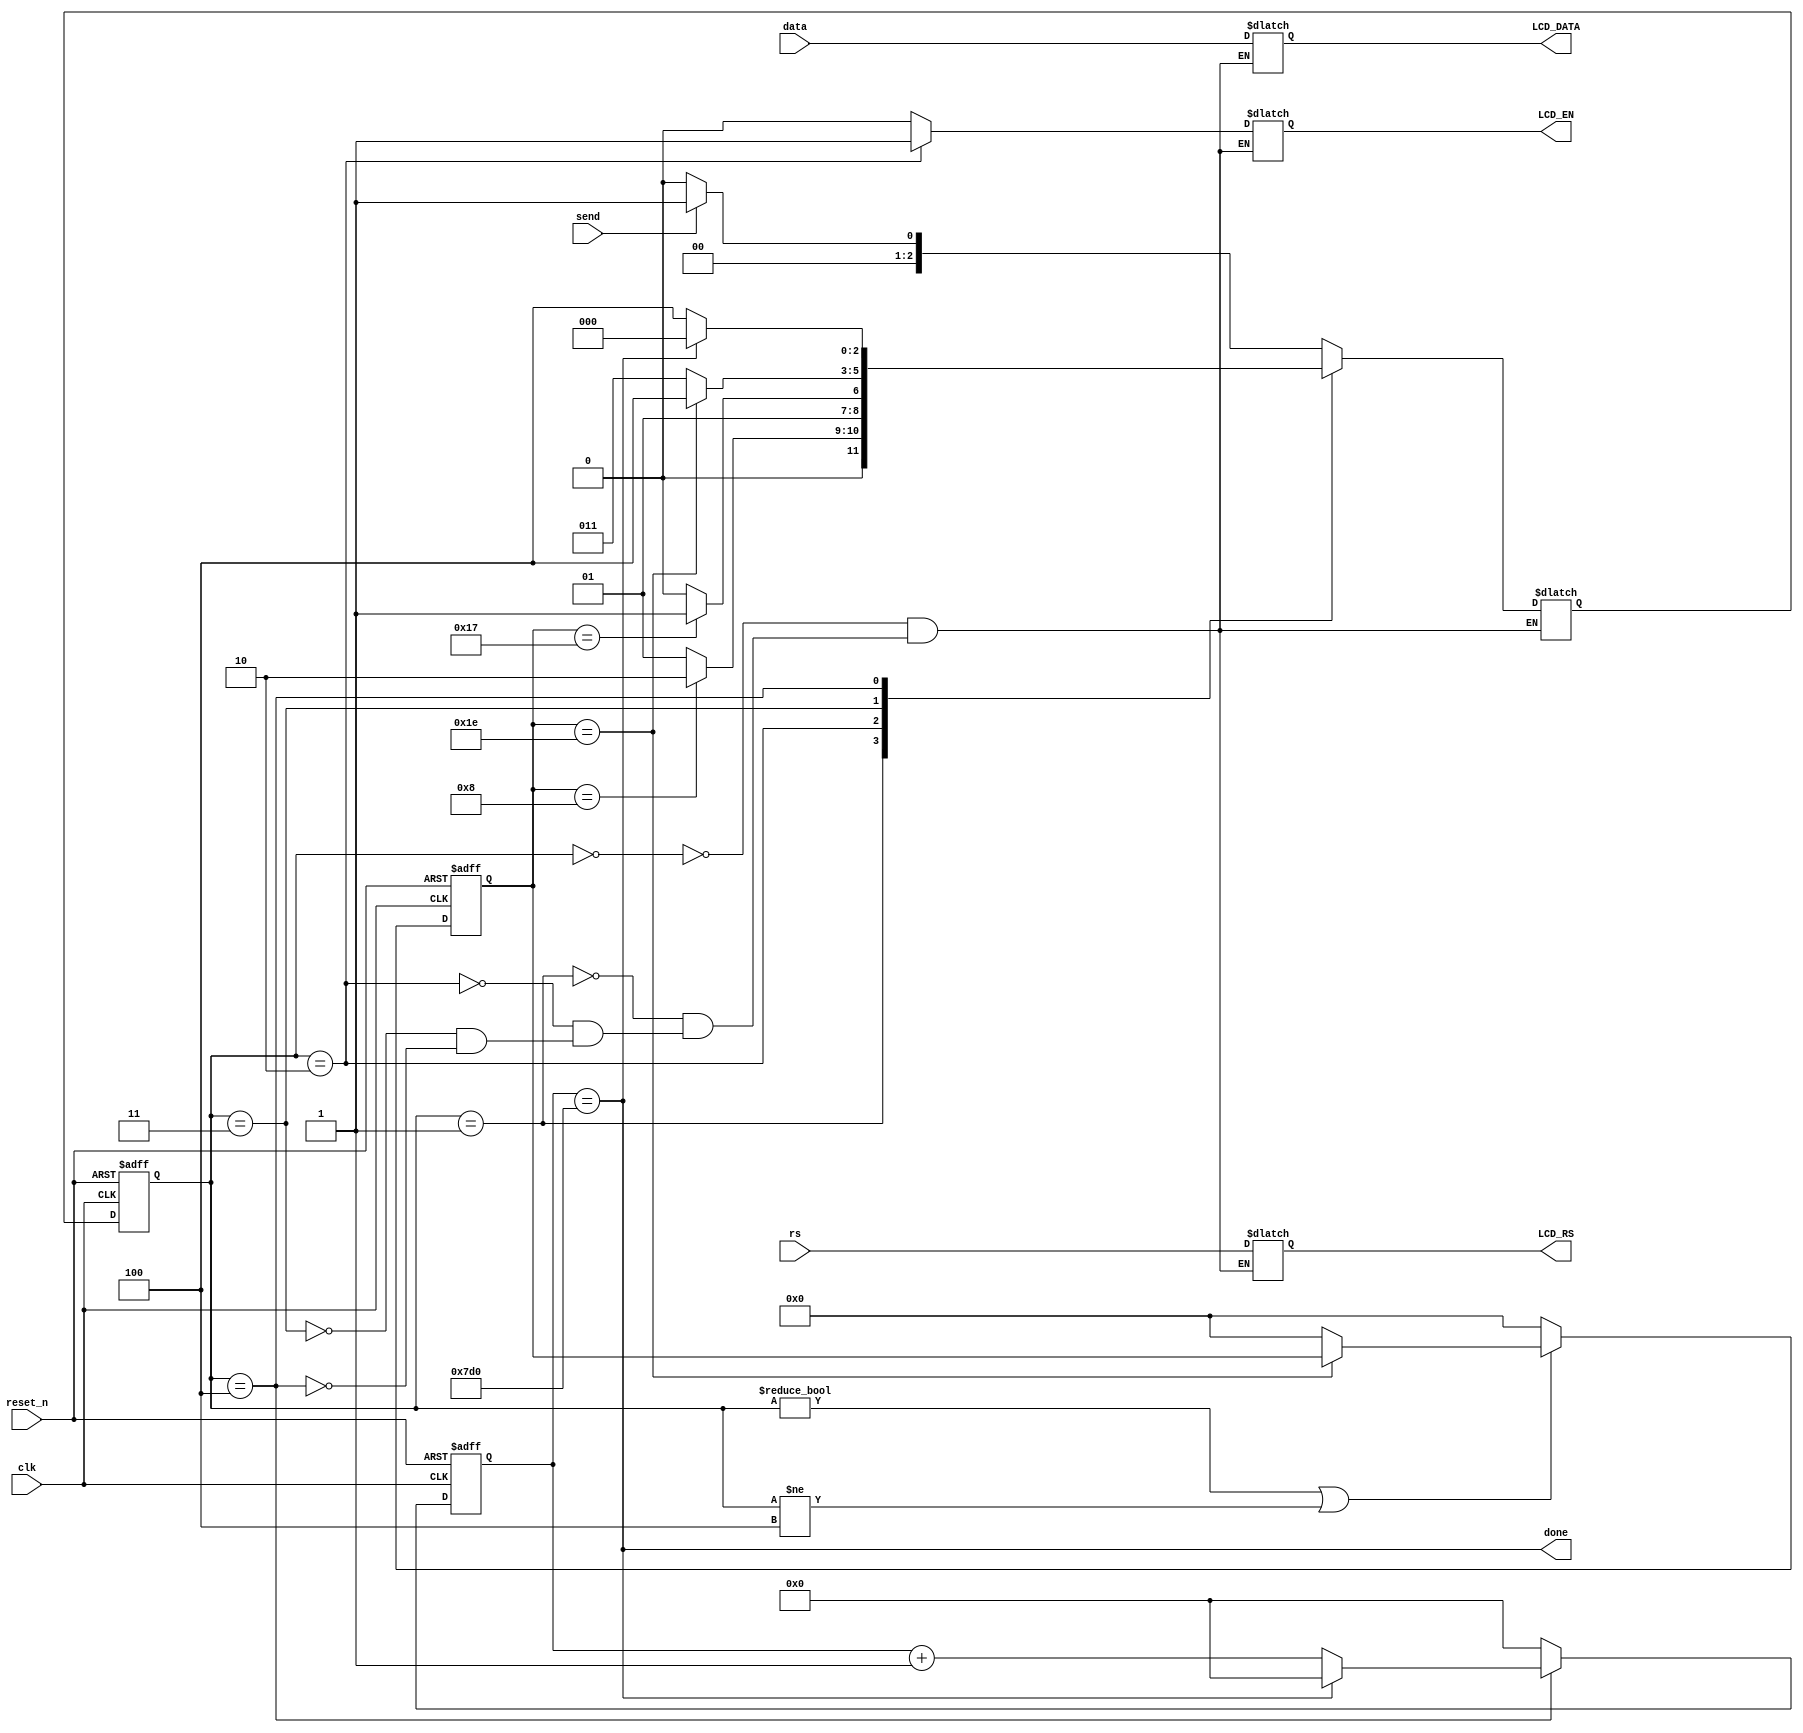
module data_sender(
	//System
	input				clk,
	input				reset_n,	
	//Data_input
	input  [7:0]	data,		//data_in
	input 			rs,		//instruction?
	
	input				send,
	
	output [7:0]	LCD_DATA,//data_out
	output			LCD_EN, 	//pulse
	output			LCD_RS,	//instruction?
	
	output			done		//=count_40u == 40us?
);
	
	assign done = count_40u == 11'd2_000;
	
	parameter start = 0, init = 1,hi_en = 2, low_en = 3, delay = 4;
	reg [2:0] state, next_state;
	always@(posedge clk,negedge reset_n)begin
		if(!reset_n) state <= 0;
		else state <= next_state;
	end
	
	always@(*)begin
		case(state)
			start: next_state = (send) 						? 	init		:	start;
			init:	 next_state = (count_500ns == 5'd8) 	? 	hi_en 	: 	init;
			hi_en: next_state = (count_500ns == 5'd23)	? 	low_en	: 	hi_en;
			low_en:next_state = (count_500ns == 5'd30)	? 	delay		: 	low_en;
			delay: next_state = (count_40u == 11'd2_000)	?	start		:	delay;
			
		endcase
	end
	
	//state machine time counter
	reg [4:0] count_500ns;
	always@(posedge clk,negedge reset_n)begin
		if(!reset_n) count_500ns <= 5'd0;
		else if(state != start || state != delay)begin
			if(count_500ns == 5'd30) count <= 5'd0;
			else count_500ns <= 5'd0;
		end
		else count_500ns <= 5'd0;
	end
	
	//delay counter
	reg [10:0] count_40u;
	always@(posedge clk,negedge reset_n)begin
		if(!reset_n) count_40u <= 11'd0;
		else if(state == delay)begin //if state is delay
			if(count_40u == 11'd2_000) count_40u <= 11'd0;
			else count_40u <= count_40u + 11'd1; 
		end			//if state is not delay
		else count_40u <= 11'd0;
	end
	
	always@(*)begin
		case(state)
			start: begin
				LCD_RS = rs;
				LCD_DATA = data;
				LCD_EN = 1'b0;
			end
			init : begin
				LCD_RS = rs;
				LCD_DATA = data;
				LCD_EN = 1'b0;
			end
			hi_en: begin
				LCD_RS = rs;
				LCD_DATA = data;
				LCD_EN = 1'b1;
			end
			low_en: begin
				LCD_RS = rs;
				LCD_DATA = data;
				LCD_EN = 1'b0;
			end
			delay: begin	
				LCD_RS = rs;
				LCD_DATA = data;
				LCD_EN = 1'b0;
			end
			
		endcase
	end
	
endmodule